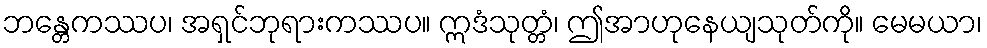
ဘန္တေကဿပ၊ အရှင်ဘုရားကဿပ။ ဣဒံသုတ္တံ၊ ဤအာဟုနေယျသုတ်ကို။ မေမယာ၊